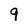
Character: 9